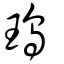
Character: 瑦